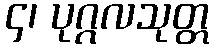
၄၊ ပုဂ္ဂလသုတ္တ